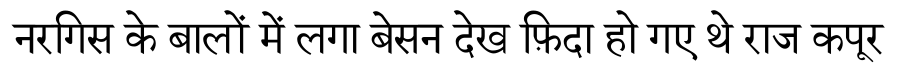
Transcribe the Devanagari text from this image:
नरगिस के बालों में लगा बेसन देख फ़िदा हो गए थे राज कपूर